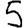
Digit: 5